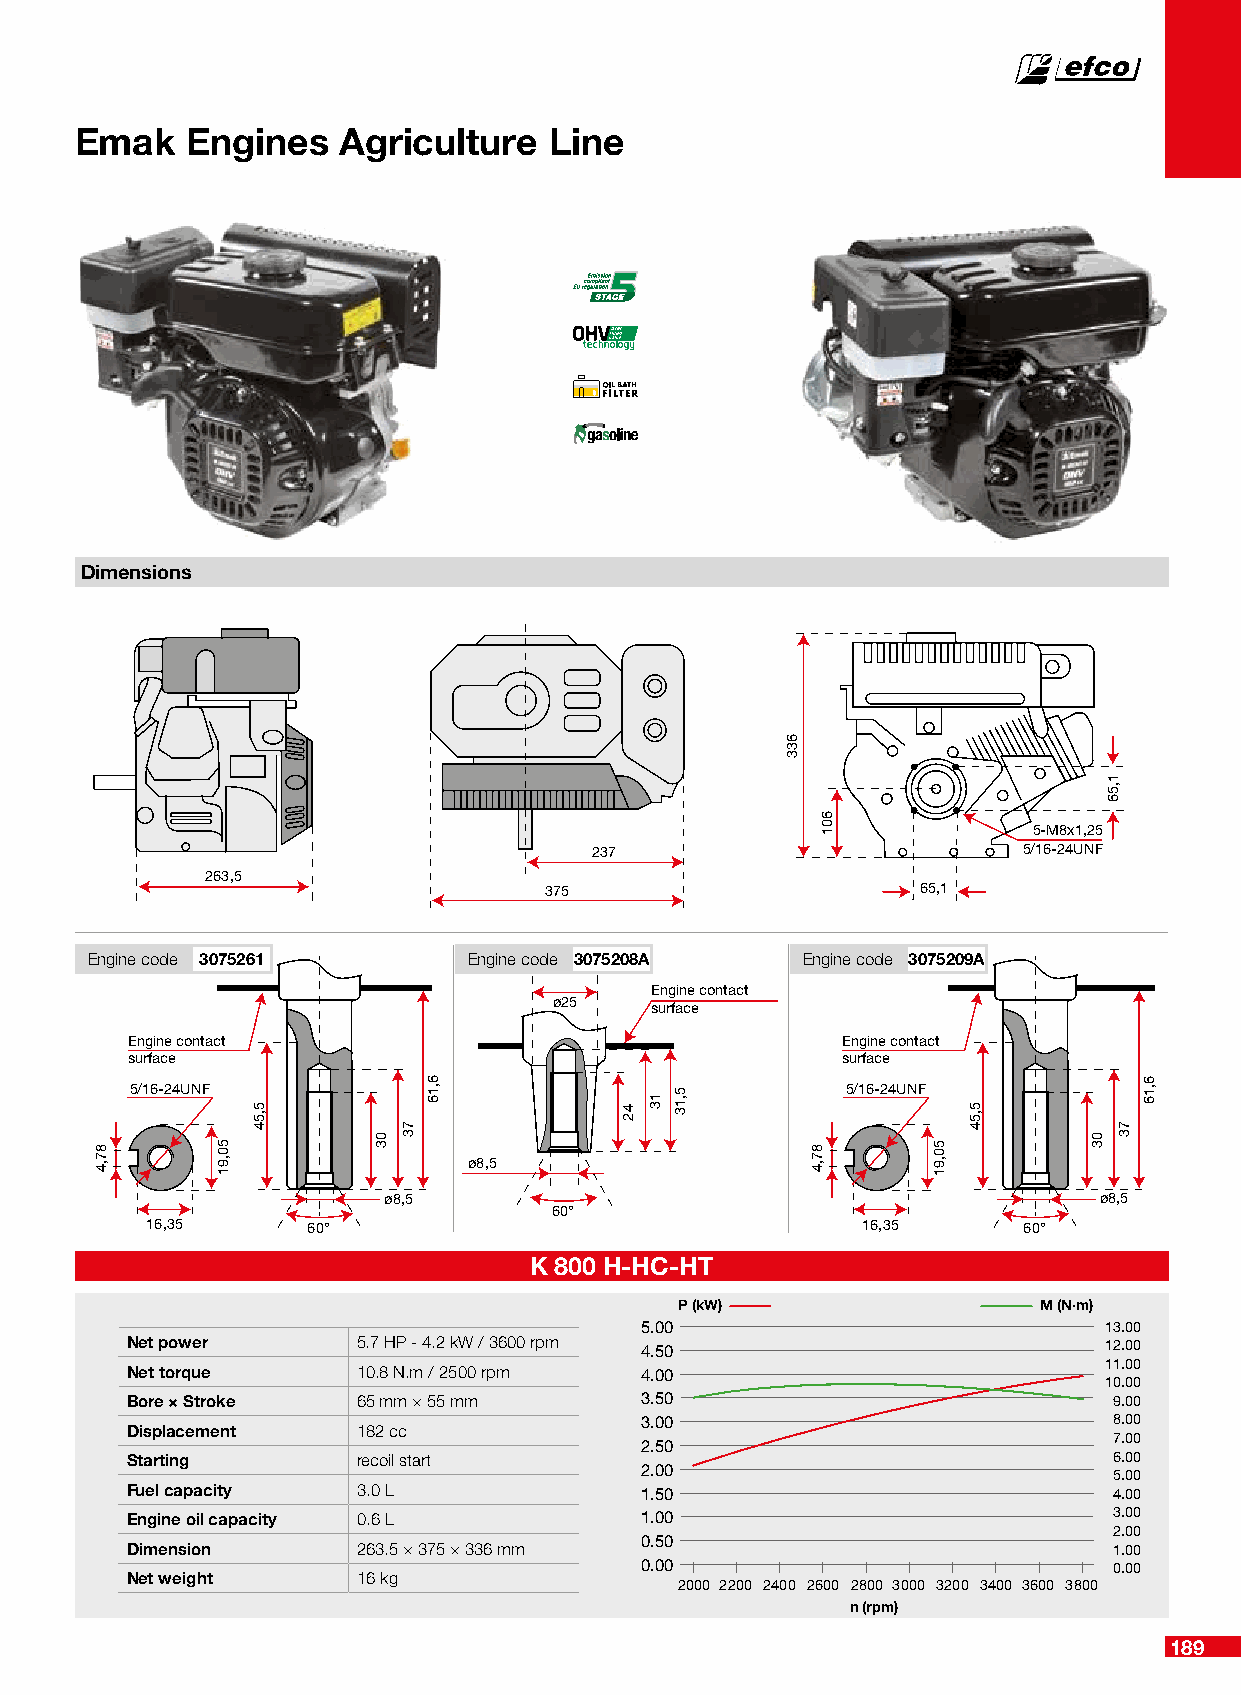
Emak   Engines    Agriculture  Line
 Dimensions
 5-M8x1,25
 237                          5/16-24UNF
 263,5
 375                      65,1
 Engine code 3075261      Engine code 3075208A  Engine code 3075209A
 Engine contact
 ø25   surface
 Engine contact                                  Engine contact
 surface                                         surface
 5/16-24UNF                                     5/16-24UNF
 ø8,5
 ø8,5                                            ø8,5
 60°
 16,35     60°                                  16,35      60°
 K 800 H-HC-HT
 P (kW)                  M (N·m)
 5.00                           13.00
 Net power       5.7 HP - 4.2 kW / 3600 rpm 4.50                  12.00
 11.00
 Net torque      10.8 N.m / 2500 rpm 4.00
 10.00
 Bore × Stroke   65 mm × 55 mm     3.50                            9.00
 3.00                            8.00
 Displacement    182 cc
 7.00
 2.50
 Starting        recoil start                                      6.00
 2.00                            5.00
 Fuel capacity   3.0 L             1.50                            4.00
 Engine oil capacity 0.6 L         1.00                            3.00
 2.00
 0.50
 Dimension       263.5 × 375 × 336 mm                              1.00
 0.00                            0.00
 Net weight      16 kg
 2000 2200 2400 2600 2800 3000 3200 3400 3600 3800
 n (rpm)
 189
 87,4    50,91
 5,54
 03
 73
 6,16
 42
 13 5,13
 663333
 87,4
 601
 50,91
 5,54
 03
 1,56
 73
 6,16